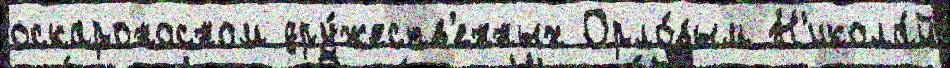
оскароносном дру́жеств'енных Орло́вым Н'икола́й